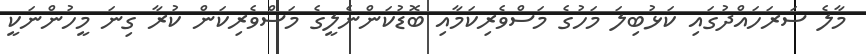
މާލެ ސަރަހައްދުގައި ކަޅުބިލަ މަހުގެ މަސްވެރިކަމާއި ބޮޑުކަންނެލީގެ މަސްވެރިކަން ކުރާ ގިނަ މީހުންނަކީ